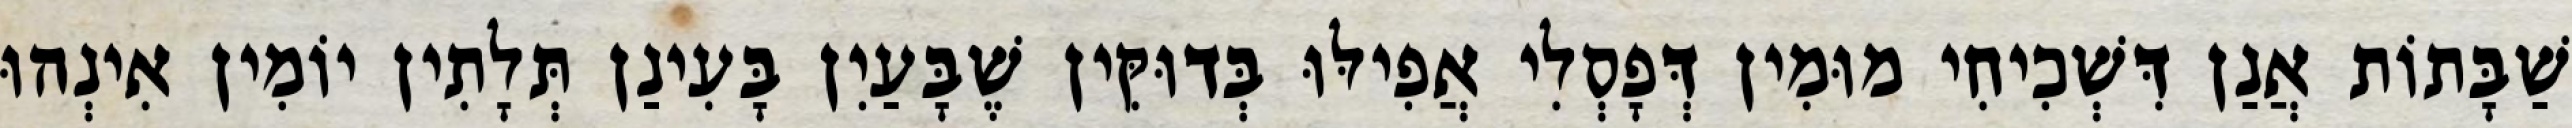
שַׁבָּתוֹת אֲנַן דִּשְׁכִיחִי מוּמִין דְּפָסְלִי אֲפִילּוּ בְּדוּקִּין שֶׁבָּעַיִן בָּעִינַן תְּלָתִין יוֹמִין אִינְהוּ